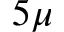
5 \mu